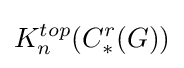
K_{n}^{top}(C_{*}^{r}(G))